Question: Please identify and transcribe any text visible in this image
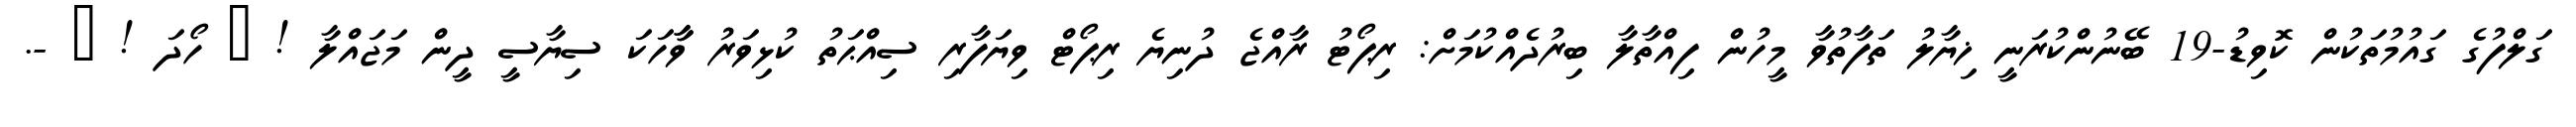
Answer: ގަލްފުގެ ގައުމުތަކުން ކޮވިޑު-19 ބޭނުންކުރަނީ ޚިޔާލު ތަފާތުވާ މީހުން ފިއްތާލާ ބިރުދެއްކުމަށް: ރިޕޯޓު ރާއްޖެ ދުނިޔެ ރިޕޯޓް ވިޔަފާރި ސިއްޙަތު ކުޅިވަރު ވާާހަކަ ސިޔާސީ ދީން މަޖައްލާ ! ? ހޯދަ ! ? -.